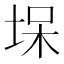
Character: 㙅